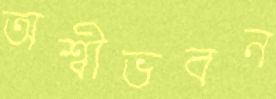
অশ্বীভবন